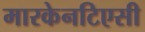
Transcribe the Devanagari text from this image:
मारकेनटिएसी